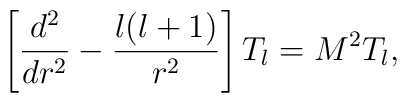
\left[{d^{2}\over dr^{2}}-{l(l+1)\over r^{2}}\right]T_{l}=M^{2}T_{l},